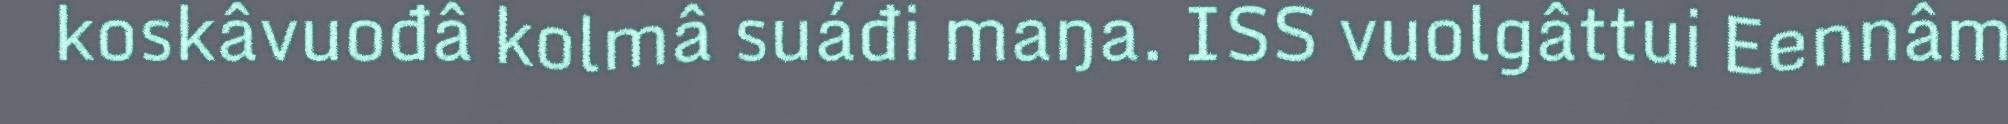
koskâvuođâ kolmâ suáđi maŋa. ISS vuolgâttui Eennâm